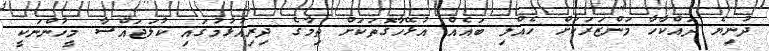
ދުނިޔެ ދައްކާހާ މަންޒަރަކަށް ހެއްލި ބައެއް އުޅޭހާގޮތަކަށް ތިމާގެ ދިރިއުޅުމުގައި ކުލަޖައްސާ މީހުންނަކީ